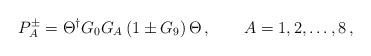
LaTeX: \begin{align*}P_A^\pm = \Theta^\dagger G_0 G_A \left( 1 \pm G_9 \right) \Theta\,, \qquad A=1,2,\dots,8 \,, \end{align*}